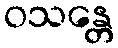
ဝသန္တေ